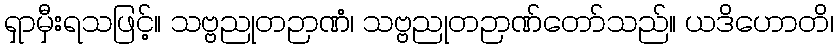
ရှာမှီးရသဖြင့်။ သဗ္ဗညုတဉာဏံ၊ သဗ္ဗညုတဉာဏ်တော်သည်။ ယဒိဟောတိ၊